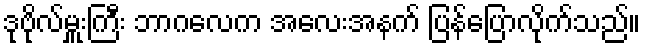
ဒုဗိုလ်မှူးကြီး ဘာဂလေက အလေးအနက် ပြန်ပြောလိုက်သည်။